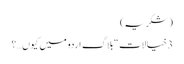
(شکریہ)
3 خیالات “بلاگ اردو میں کیوں…؟